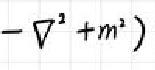
$-\nabla^{2}+m^{2})$